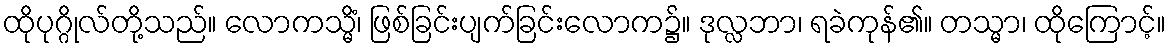
ထိုပုဂ္ဂိုလ်တို့သည်။ လောကသ္မိံ၊ ဖြစ်ခြင်းပျက်ခြင်းလောက၌။ ဒုလ္လဘာ၊ ရခဲကုန်၏။ တသ္မာ၊ ထိုကြောင့်။